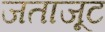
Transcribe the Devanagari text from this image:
जताजूट